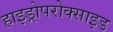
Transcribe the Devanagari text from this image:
हाइड्रोपरोक्साइड